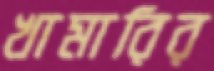
খামারির